Lunatic asylums Bombay report 1891-1903 - 1891-1903
Year: 1891
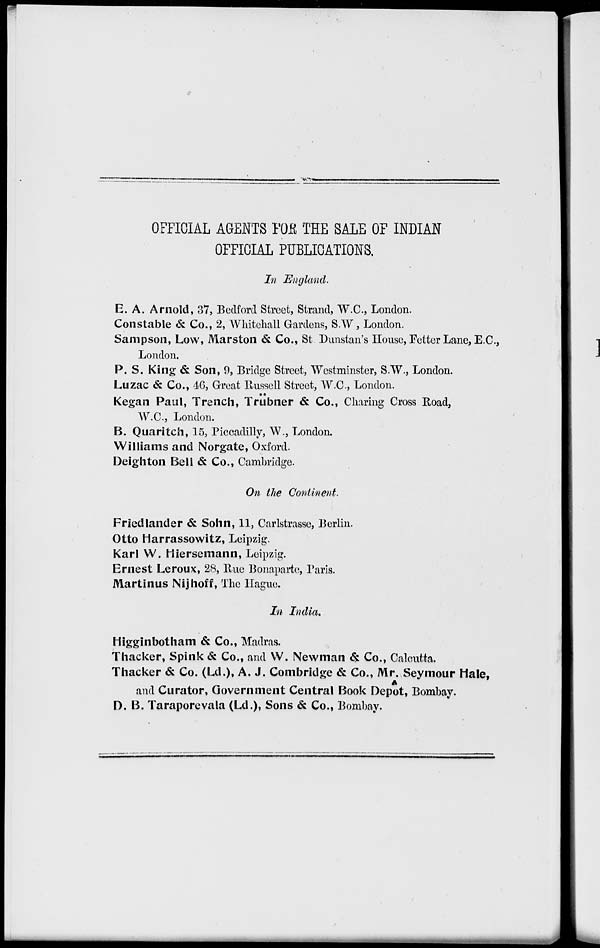
OFFICIAL AGENTS FOE THE SALE OF INDIAN
OFFICIAL PUBLICATIONS.
In England.
E. A. Arnold, 37, Bedford Street, Strand, W.C., London.
Constable & Co., 2, Whitehall Gardens, S.W , London.
Sampson, Low, Marston & Co., St Dunstan's House, Fetter Lane, E.C.,
London.
P. S. King & Son, 9, Bridge Street, Westminster, S.W., London.
Luzac & Co., 46, Great Russell Street, W.C., London.
Kegan Paul, Trench, Trübner & Co., Charing Cross Road,
W.C., London.
B. Quaritch, 15, Piccadilly, W., London.
Williams and Norgate, Oxford.
Deighton Bell & Co., Cambridge.
On the Continent.
Fried lander & Sohn, 11, Carlstrasse, Berlin.
Otto Harrassowitz, Leipzig.
Karl W. Hiersemann, Leipzig.
Ernest Leroux, 28, Rue Bonaparte, Taris.
Martinus Nijhoff, The Hague.
In India.
Higginbotham & Co., Madras.
Thacker, Spink & Co., and W. Newman & Co., Calcutta.
Thacker & Co. (Ld.), A. J. Combridge & Co., Mr. Seymour Hale,
and Curator, Government Central Book Depôt, Bombay.
D. B. Taraporevala (Ld.), Sons & Co., Bombay.